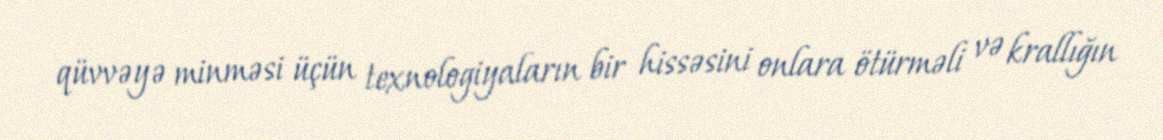
qüvvəyə minməsi üçün texnologiyaların bir hissəsini onlara ötürməli və krallığın